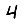
Digit: 4